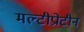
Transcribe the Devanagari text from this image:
मल्टीप्रोटीन